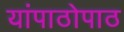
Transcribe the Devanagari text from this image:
यांपाठोपाठ